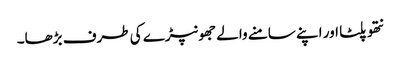
نتھو پلٹا اور اپنے سامنے والے جھونپڑے کی طرف بڑھا۔